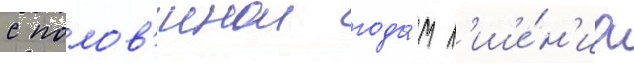
с полов'инои года́м л'ише́н'иа